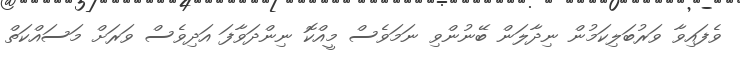
ވެފައިވާ ވަރުބަލިކަމުން ނިދާލަން ބޭނުންވި ނަމަވެސް މީއްކޮ ނިންދަވާފަ އަދިވެސް ވަރަށް މަސައްކަތް